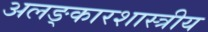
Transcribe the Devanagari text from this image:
अलङ्कारशास्त्रीय